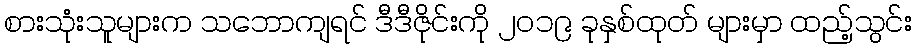
စားသုံးသူများက သဘောကျရင် ဒီဒီဇိုင်းကို ၂၀၁၉ ခုနှစ်ထုတ် များမှာ ထည့်သွင်း